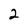
Character: 2